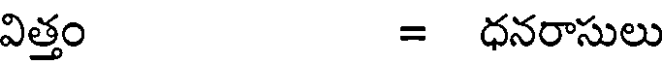
విత్తం = ధనరాసులు